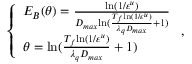
\left\{ \begin{array} { l l } { E _ { B } ( \theta ) = \frac { \mathrm { l n } ( 1 / \varepsilon ^ { u } ) } { D _ { m a x } { \mathrm { l n } ( \frac { T _ { f } \mathrm { l n } ( 1 / \varepsilon ^ { u } ) } { \lambda _ { q } D _ { m a x } } + 1 ) } } } \\ { \theta = \mathrm { l n } ( \frac { T _ { f } { \mathrm { l n } ( 1 / \varepsilon ^ { u } ) } } { \lambda _ { q } D _ { m a x } } + 1 ) } \end{array} \right. ,